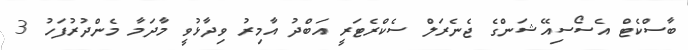
ބާސްކެޓް އެސޯސިއޭޝަންގެ ޖެނެރަލް ސެކްރެޓަރީ އަބްދު އާމިރު ވިދާޅުވީ މާދަމާ މެންދުރުފަހު 3